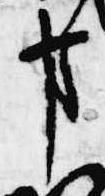
方